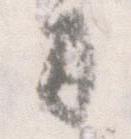
司